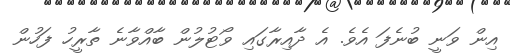
އިން ވަނީ ބުނެފަ އެވެ. އެ ދާއިރާގައި ވޯޓުލުން ބާއްވާނެ ތާރީހު ފަހުން